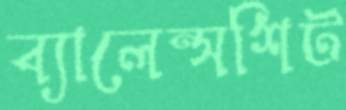
ব্যালেন্সশিট